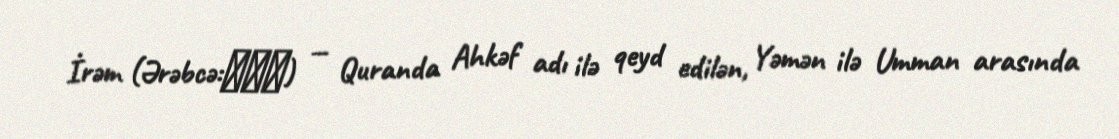
İrəm (Ərəbcə:ارم) — Quranda Ahkəf adı ilə qeyd edilən, Yəmən ilə Umman arasında